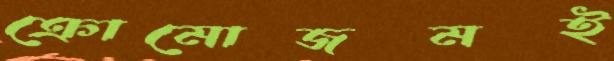
ক্রোমোজমই